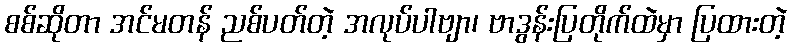
စစ်ဆိုတာ အင်မတန် ညစ်ပတ်တဲ့ အလုပ်ပါဗျာ၊ ဗာဒွန်းပြတိုက်ထဲမှာ ပြထားတဲ့